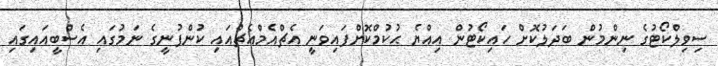
ސިވިލްކޯޓުގެ ނިންމުން ބަދަލުކޮށް ހައިކޯޓުން އިއްޔެ ޙުކުމްކޮށްފައިވަނީ އެޗްއެމްއެޗްއައި ކުންފުނީގެ ނަމުގައި އެސްބީއައިގައި